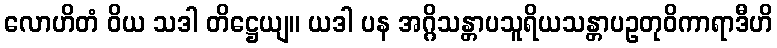
လောဟိတံ ဝိယ သဒါ တိဋ္ဌေယျ။ ယဒါ ပန အဂ္ဂိသန္တာပသူရိယသန္တာပဥတုဝိကာရာဒီဟိ